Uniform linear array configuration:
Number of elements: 24
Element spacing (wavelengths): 0.75
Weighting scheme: cosine
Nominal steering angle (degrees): -15
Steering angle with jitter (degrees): -13.21
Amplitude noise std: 0.05
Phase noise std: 0.05

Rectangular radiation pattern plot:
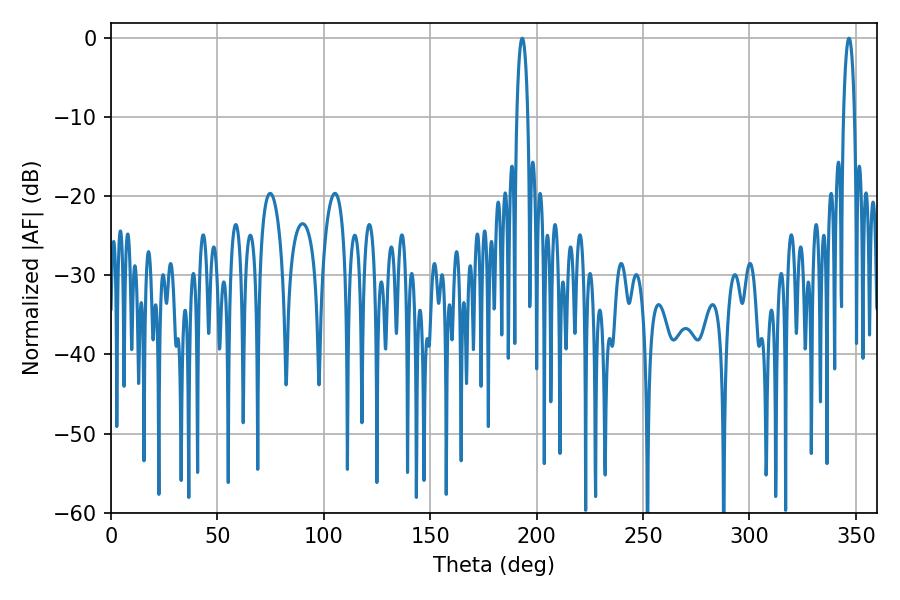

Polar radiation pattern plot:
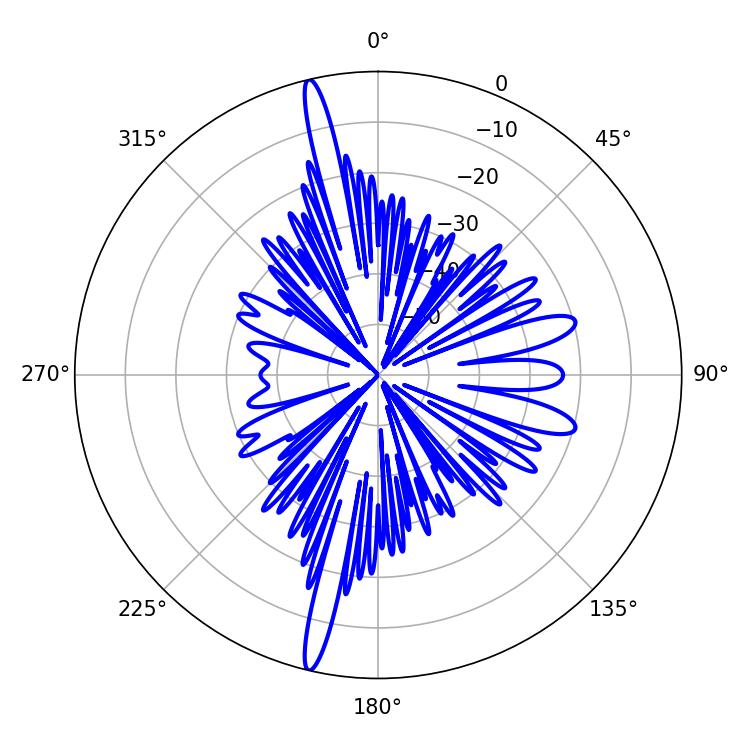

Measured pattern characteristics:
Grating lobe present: TRUE
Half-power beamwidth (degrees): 3.06
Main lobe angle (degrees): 193.14